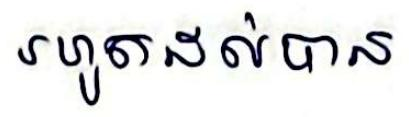
រហូតដល់បាន